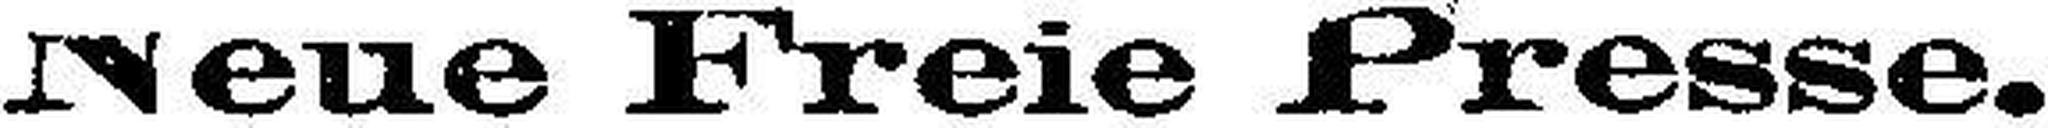
Neue Freie Presse.